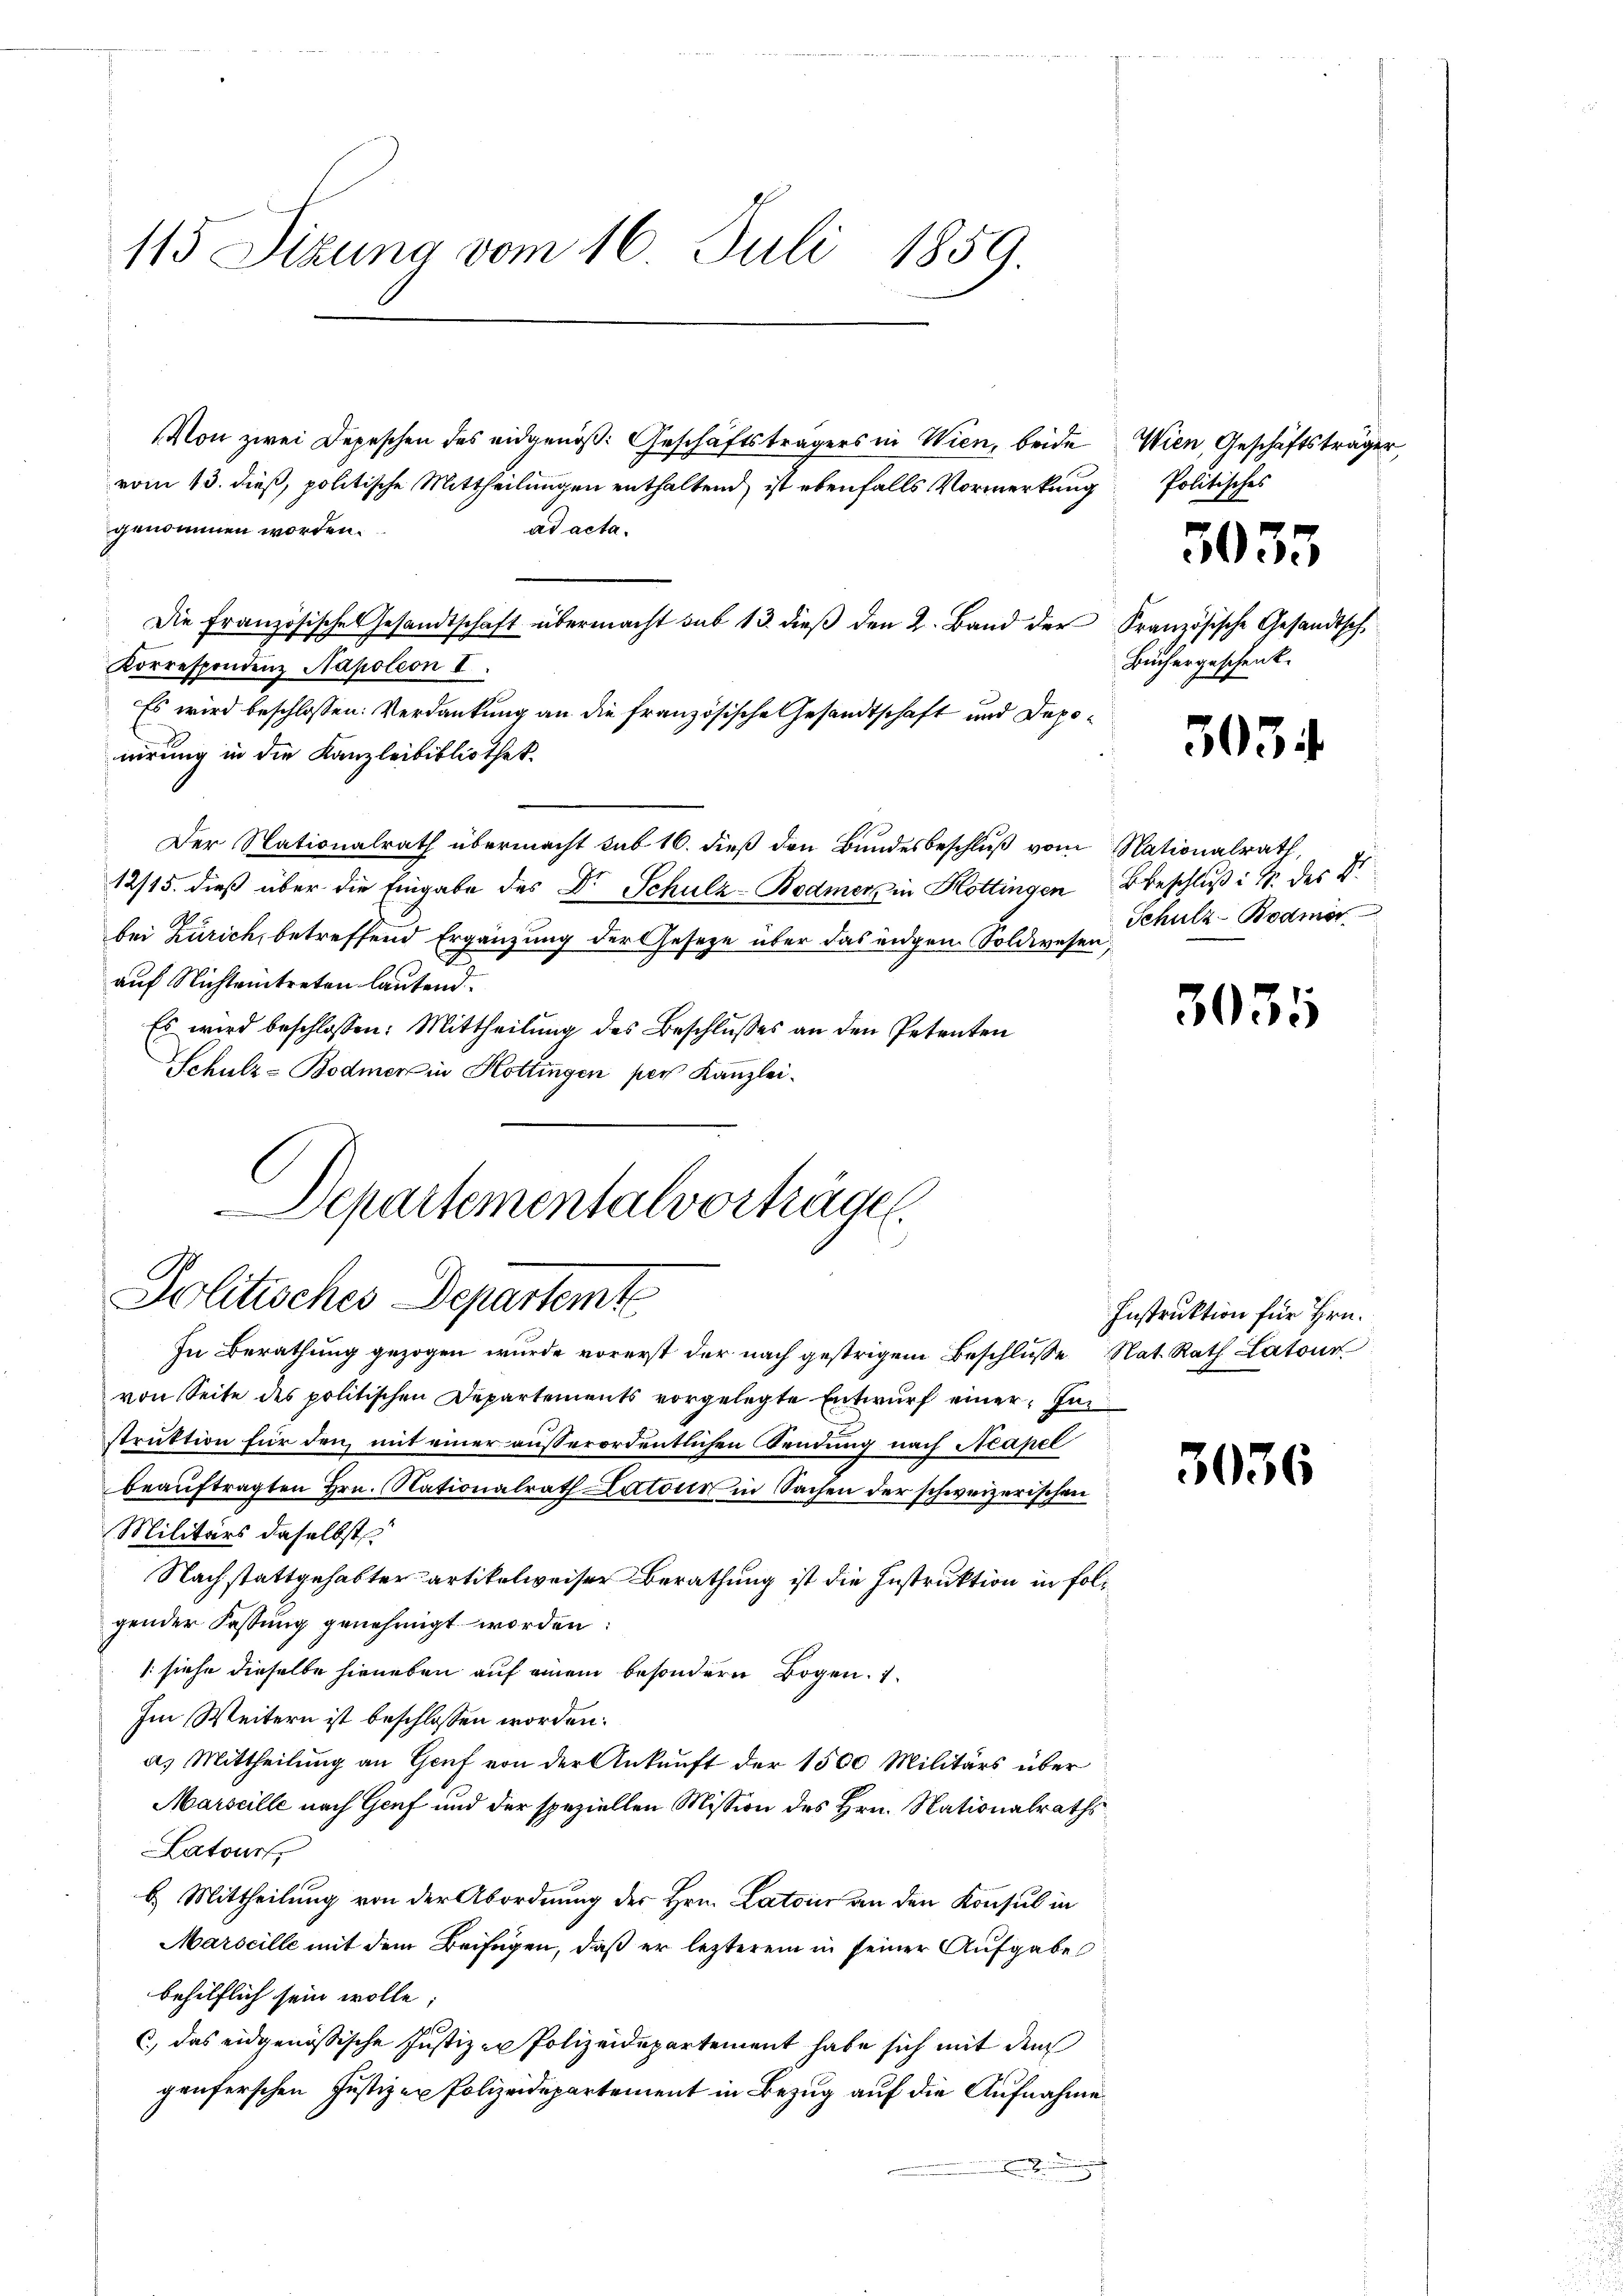
115 Sizung vom 16. Juli 1859.

Von zwei Depeschen des eidgenöß: Geschäftsträgers in Wien, beide
vom 13. dieß, politische Mittheilungen enthaltend ist ebenfalls Vormerkung
ad acta.
genommen worden.
Die Französische Gesandtschaft übermacht sub 13 dieβ den 2. Band der Französische Gesandtsch
Korrespondenz Napoleon I
Es wird beschlossen: Verdankung an die französische Gesandtschaft und Deponirung in die Kanzleibibliothek.
Der Nationalrath übermacht sub 16. dieß den Bundesbeschluß vom Nationalrath,
12/15. dieß über die Eingabe des Dr Schulz-Bodmer in Hottingen Beschluß in der Di
bei Zürich, betreffend Ergänzung der Geseze über das eidgen. Soldwesen,
auf Nichteintreten lautend.
Es wird beschlossen: Mittheilung des Beschlusses an den Petenten
Schulz-Bodmer in Hottingen per Kanzlei.
Schartementalvorträgen.

Politisches Departemt

In Berathung gezogen wurde vorerst der nach gestrigen Beschlüsse Nat. Rath Latour
von Seite des politischen Departements vorgelegte Entwurf einer Em
struktion für den mit einer außerordentlichen Sendung nach Neapel
beauftragten Hrn. Nationalrath Latour in Sachen der schweizerischen
Militärs daselbst
Nachstattgehabter artikelweiser Berathung ist die Instruktion in folgender Fassung genehmigt worden:
/: siehe dieselbe hieneben auf einem besondern Bogen. 1
Im Weitern ist beschlossen worden.
a. Mittheilung an Genf von der Ankunft der 1500 Militärs über
Marseille nach Genf und der speziellen Mission des Hrn. Nationalraths
Latour
b. Mittheilung von der Abordnung der Hrn. Latoir an den Konsul in
Marseille mit dem Beifügen, daß er lezterem in seiner Aufgabe
behilflich sein wolle,
c, das eidgenössische Justiz zu Polizeidepartement habe sich mit dem
genferschen Justizen Polizeidepartement in Bezug auf die Aufnahme

Wien, Geschäftsträger,
Politisches

3035

Büchergeschenk.

3034

Schulz-Bodmer

3035

Instruktion für Hrn.

3036